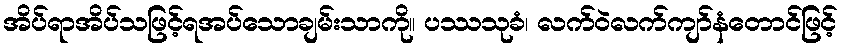
အိပ်ရာအိပ်သဖြင့်ရအပ်သောချမ်းသာကို။ ပဿသုခံ၊ လက်ဝဲလက်ကျာ်နံတောင်ဖြင့်